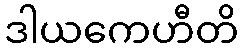
ဒါယကေဟီတိ